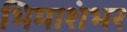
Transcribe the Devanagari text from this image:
भिमाशंभर